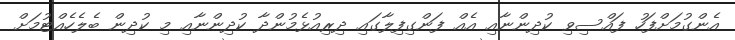
އެންގުމަށްފަހު ފައްސިވި ކުދިންނާއި އެއް ފަންގިފިލާގައި ދިރިއުޅެމުންދާ ކުދިންނާއި މި ކުދިން ބެލެހެއްޓުމަށް